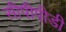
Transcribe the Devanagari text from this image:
सीपीपीडी